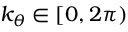
k _ { \theta } \in [ 0 , 2 \pi )